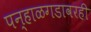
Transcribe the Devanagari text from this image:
पन्हाळगडावरही